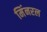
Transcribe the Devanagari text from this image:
मिंनरल